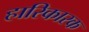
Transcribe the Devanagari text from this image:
हारिकारक